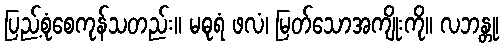
ပြည့်စုံစေကုန်သတည်း။ မဓုရံ ဖလံ၊ မြတ်သောအကျိုးကို။ လဘန္တု၊